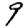
Digit: 9